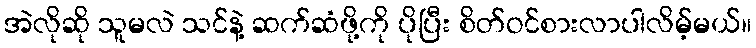
အဲလိုဆို သူမလဲ သင်နဲ့ ဆက်ဆံဖို့ကို ပိုပြီး စိတ်ဝင်စားလာပါလိမ့်မယ်။